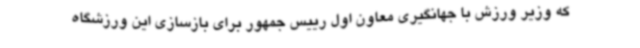
که وزیر ورزش با جهانگیری معاون اول رییس جمهور برای بازسازی این ورزشگاه